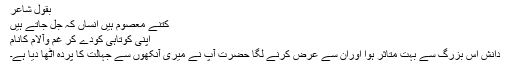
بقول شاعر
کتنے معصوم ہیں انساں کہ جل جاتے ہیں
اپنی کوتاہی کودے کر غم وآلام کانام
دانش اس بزرگ سے بہت متاثر ہوا اوران سے عرض کرنے لگا حضرت آپ نے میری آنکھوں سے جہالت کا پردہ اٹھا دیا ہے۔